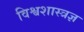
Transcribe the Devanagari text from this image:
विश्वशास्त्रज्ञ